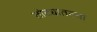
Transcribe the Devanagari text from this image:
तोट्यातल्या